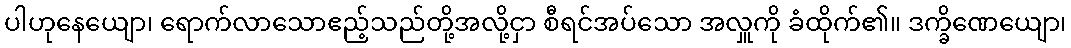
ပါဟုနေယျော၊ ရောက်လာသောဧည့်သည်တို့အလို့ငှာ စီရင်အပ်သော အလှူကို ခံထိုက်၏။ ဒက္ခိဏေယျော၊